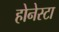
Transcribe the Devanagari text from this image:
होनेस्टा